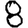
Digit: 8